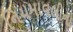
નિયમાવલીનો